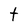
Character: t